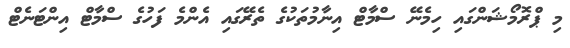
މި ޕްރޮމޯޝަންގައި ހިމެނޭ ސްމާޓް އިނާމުތަކުގެ ތެރޭގައި އެންމެ ފަހުގެ ސްމާޓް އިންޓަނެޓް